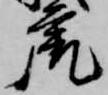
虎